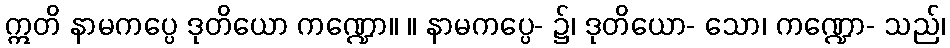
ဣတိ နာမကပ္ပေ ဒုတိယော ကဏ္ဍော။ ။ နာမကပ္ပေ- ၌၊ ဒုတိယော- သော၊ ကဏ္ဍော- သည်၊